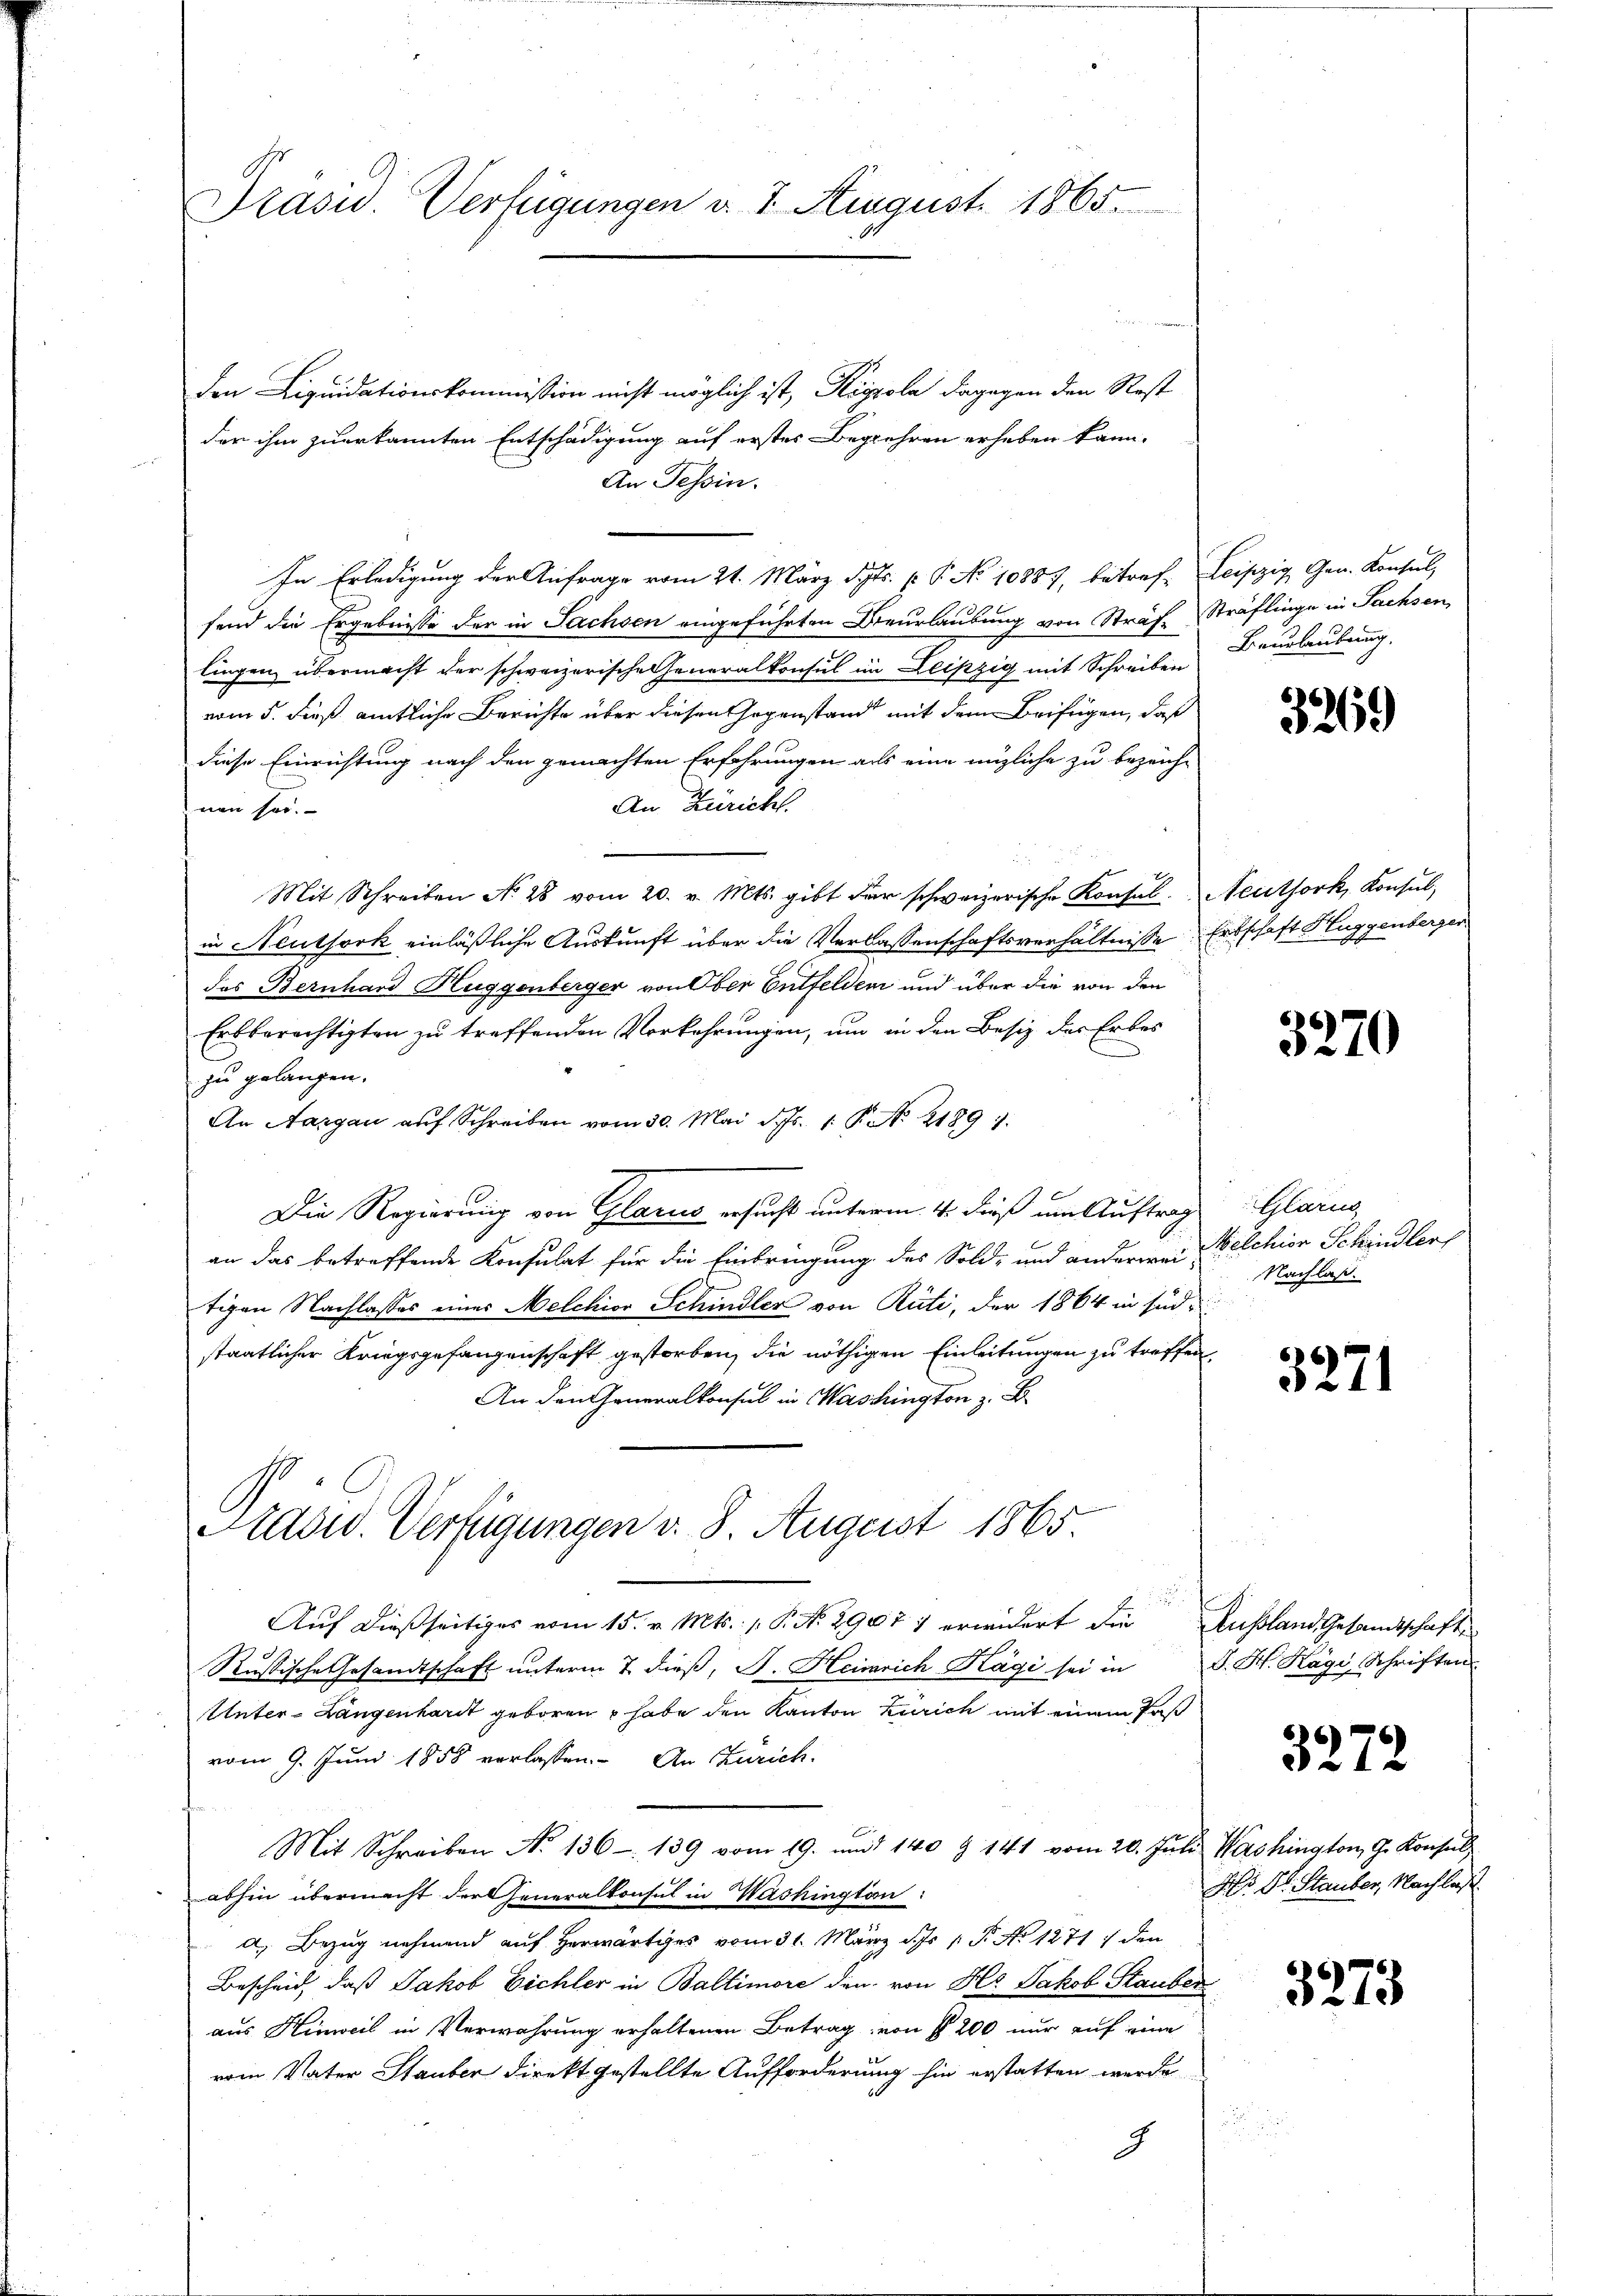
Präsid. Verfügungen d. 7. August 1865.

den Liquidationskommission nicht möglich ist, Kissola dagegen den Rest
der ihm zuerkannten Entschädigung auf erstes Begehren erheben kann.
An Tessin.
In Erledigung der frage vom 21. März d. P. No 10887, betref- Leipzig Gen. Konsul
fend die Ergebnisse der in Sachsen eingeführten Dieurlaubung von Sträf-Sträflinge in Sachsen
liegen übermacht der schweizerische Generalkonsul im Leipzig mit Schreiben
vom 5. dieß amtliche Berichte über diesen Gegenstand mit dem Beifügen, daß
diese Einrichtung nach den gemachten Erfahrungen als eine mögliche zu bezeich-
An Züricht.
nen sei.
e
Mit Schreiben No 28 vom 20. v. Mts. gibt der schweizerische Konsal. Neuthork, Konsul
in Neuthork einläßliche Auskunft über die Verlassenschaftsverhältnisse Erbschaft Huggenberger
das Bernhard Huggenberger von Ober Entfelden und über die von den
Erbberechtigten zu treffenden Vorkehrungen, um in den Besiz der Erbes
zu gelangen.
An Aargau auf Schreiben vom 30. Mai d. 1. P. N. 21891
Die Regierung von Glarus ersucht unterm 4. dieß um Auftrag Glarus
an das betreffende Konsulat für die Einbringung des Sold- und anderwei-
tigen Nachlasses eines Melchior Schindler von Rüti, der 1864 in sind
staatlicher Kriegsgefangenschaft gestorben, die nöthigen Einleitungen zu treffen
An den Generalkonsul in Washington z. B
Aadw. Verfügungen v. 8. August 1865
.
Auf dießseitiges vom 15. v. Mts. 1. P. Nr. 2907 1 erwidert die Ausland Gesandtschafte
Russische Gesandtschaft ŭnterm 7. dieβ, J. Heinrich Kägi sei in J. H. Kägi, Schriften
Unter-Langenhardt geboren habe den Kanton Zürich mit einem Pas
vom 9. Juni 1858 verlassen. An Zürich-
Mit Schreiben No 136 - 139 vom 19. und 140 § 141 vom 20. Jŭli Washington G. Konsul
abhin übermacht der Generalkonsul in Washington:
a. Bezug nehmend auf herwärtiges vom 31. März d. 1 P No 1271) den
Bescheid, daß Jakob Eichler in Baltimore den von Hs. Jakob Stauben
aus Hinweil in Verwahrung erhaltenen Betrag von § 200 nur auf eine
vom Vater Stauber Direkt gestellte Aufforderung hin erstatten werde
2

Beurlaubung.

3269

3270

Welchior Schindler
Nachlaß.

3271

3272

Hr Dr. Stauber, Nachlaß

3273